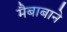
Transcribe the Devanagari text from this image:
मैबाबाने